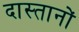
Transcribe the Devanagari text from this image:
दास्तानों